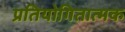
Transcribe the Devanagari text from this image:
प्रतियोगितात्मक